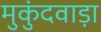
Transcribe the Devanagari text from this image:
मुकुंदवाड़ा